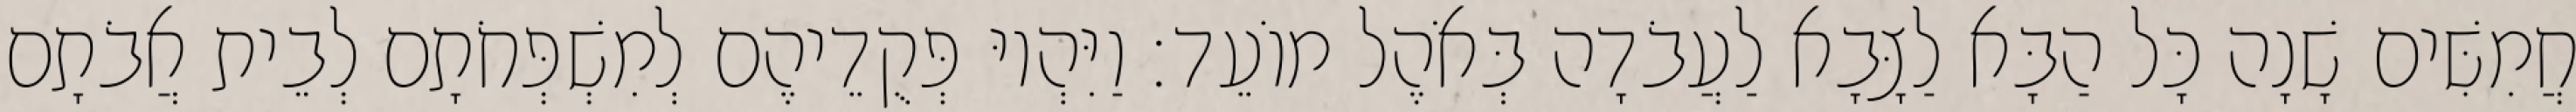
חֲמִשִּׁים שָׁנָה כָּל הַבָּא לַצָּבָא לַעֲבֹדָה בְּאֹהֶל מוֹעֵד׃ וַיִּהְיוּ פְּקֻדֵיהֶם לְמִשְׁפְּחֹתָם לְבֵית אֲבֹתָם